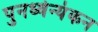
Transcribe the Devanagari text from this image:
पुनर्ध्वन्यंकन